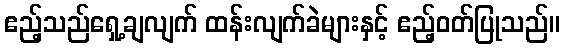
ဧည့်သည်ရှေ့ချလျက် ထန်းလျက်ခဲများနှင့် ဧည့်ဝတ်ပြုသည်။